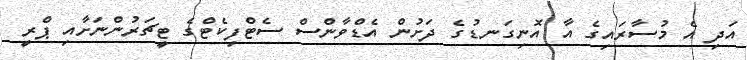
އަދި އެ މުސާރައިގެ އާ އޮނިގަނޑުގެ ދަށުން އެޑްވާންސް ސެޓްފިކެޓްގެ ޓީޗަރުންނަށާއި ޕްރީ